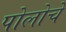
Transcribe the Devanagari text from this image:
पोलोचे